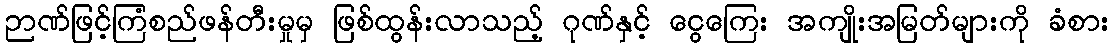
ဉာဏ်ဖြင့်ကြံစည်ဖန်တီးမှုမှ ဖြစ်ထွန်းလာသည့် ဂုဏ်နှင့် ငွေကြေး အကျိုးအမြတ်များကို ခံစား